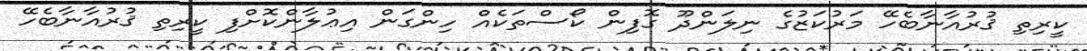
ކީރިތި ޤުރުއާނާބެހޭ މަރުކަޒުގެ ނިލަންދޫ ގޮފިން ކޯސްތަކެއް ހިންގަން އިޢުލާންކޮށްފި ކީރިތި ޤުރުއާނާބެހޭ